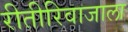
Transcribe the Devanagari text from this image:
रीतीरिवाजाला